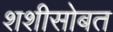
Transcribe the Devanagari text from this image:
शशीसोबत